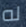
له